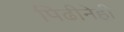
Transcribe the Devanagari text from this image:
पिढीनेही